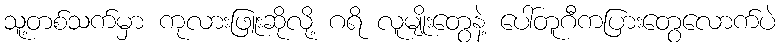
သူ့တစ်သက်မှာ ကုလားဖြူးဆိုလို့ ဂရိ လူမျိုးတွေနဲ့ ပေါ်တူဂီကပြားတွေလောက်ပဲ